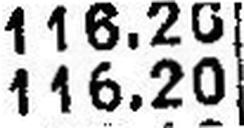
116.20